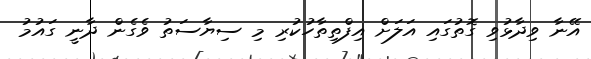
އޭނާ ވިދާޅުވި ގޮތުގައި އަލަށް އިފްތިތާހުކުރި މި ސިޔާސަތު ވެގެން ދާނީ ގައުމު